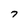
Character: 7